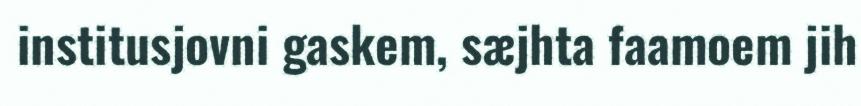
institusjovni gaskem, sæjhta faamoem jih